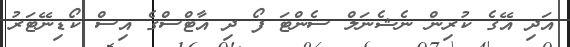
އަދި އޭގެ ކުރިން ނެޝެނަލް ސެންޓަ ފޯ ދި އާޓްސްގެ އިސް ކޯޑިނޭޓަރު